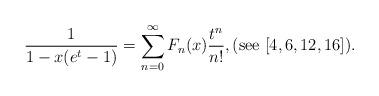
LaTeX: \begin{align*}\frac{1}{1-x(e^{t}-1)}=\sum_{n=0}^{\infty}F_{n}(x)\frac{t^{n}}{n!},(\mathrm{see}\ [4,6,12,16]).\end{align*}